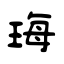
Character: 珻